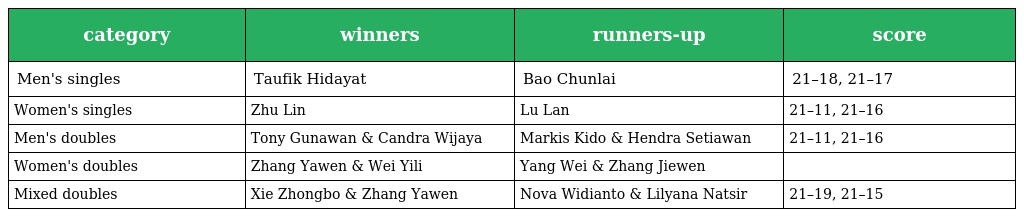
| category | winners | runners-up | score |
 | --- | --- | --- | --- |
 | Men's singles | Taufik Hidayat | Bao Chunlai | 21–18, 21–17 |
 | Women's singles | Zhu Lin | Lu Lan | 21–11, 21–16 |
 | Men's doubles | Tony Gunawan & Candra Wijaya | Markis Kido & Hendra Setiawan | 21–11, 21–16 |
 | Women's doubles | Zhang Yawen & Wei Yili | Yang Wei & Zhang Jiewen |  |
 | Mixed doubles | Xie Zhongbo & Zhang Yawen | Nova Widianto & Lilyana Natsir | 21–19, 21–15 |